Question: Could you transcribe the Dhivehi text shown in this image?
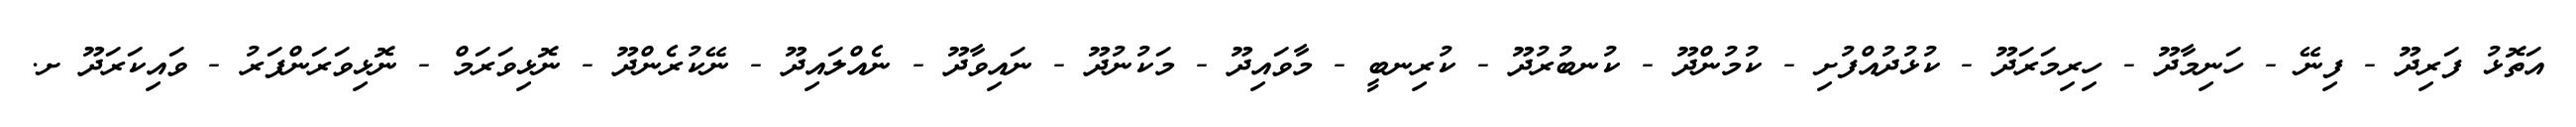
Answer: އަތޮޅު ފަރިދޫ - ފިނޭ - ހަނިމާދޫ - ހިރިމަރަދޫ - ކުޅުދުއްފުށި - ކުމުންދޫ - ކުނބުރުދޫ - ކުރިނބީ - މާވައިދޫ - މަކުނުދޫ - ނައިވާދޫ - ނެއްލައިދޫ - ނޭކުރެންދޫ - ނޮޅިވަރަމް - ނޮޅިވަރަންފަރު - ވައިކަރަދޫ ށ.